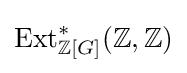
\operatorname {Ext} _{\mathbb {Z} [G]}^{*}(\mathbb {Z} ,\mathbb {Z} )